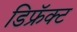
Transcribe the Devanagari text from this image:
डिफ्रॅक्ट